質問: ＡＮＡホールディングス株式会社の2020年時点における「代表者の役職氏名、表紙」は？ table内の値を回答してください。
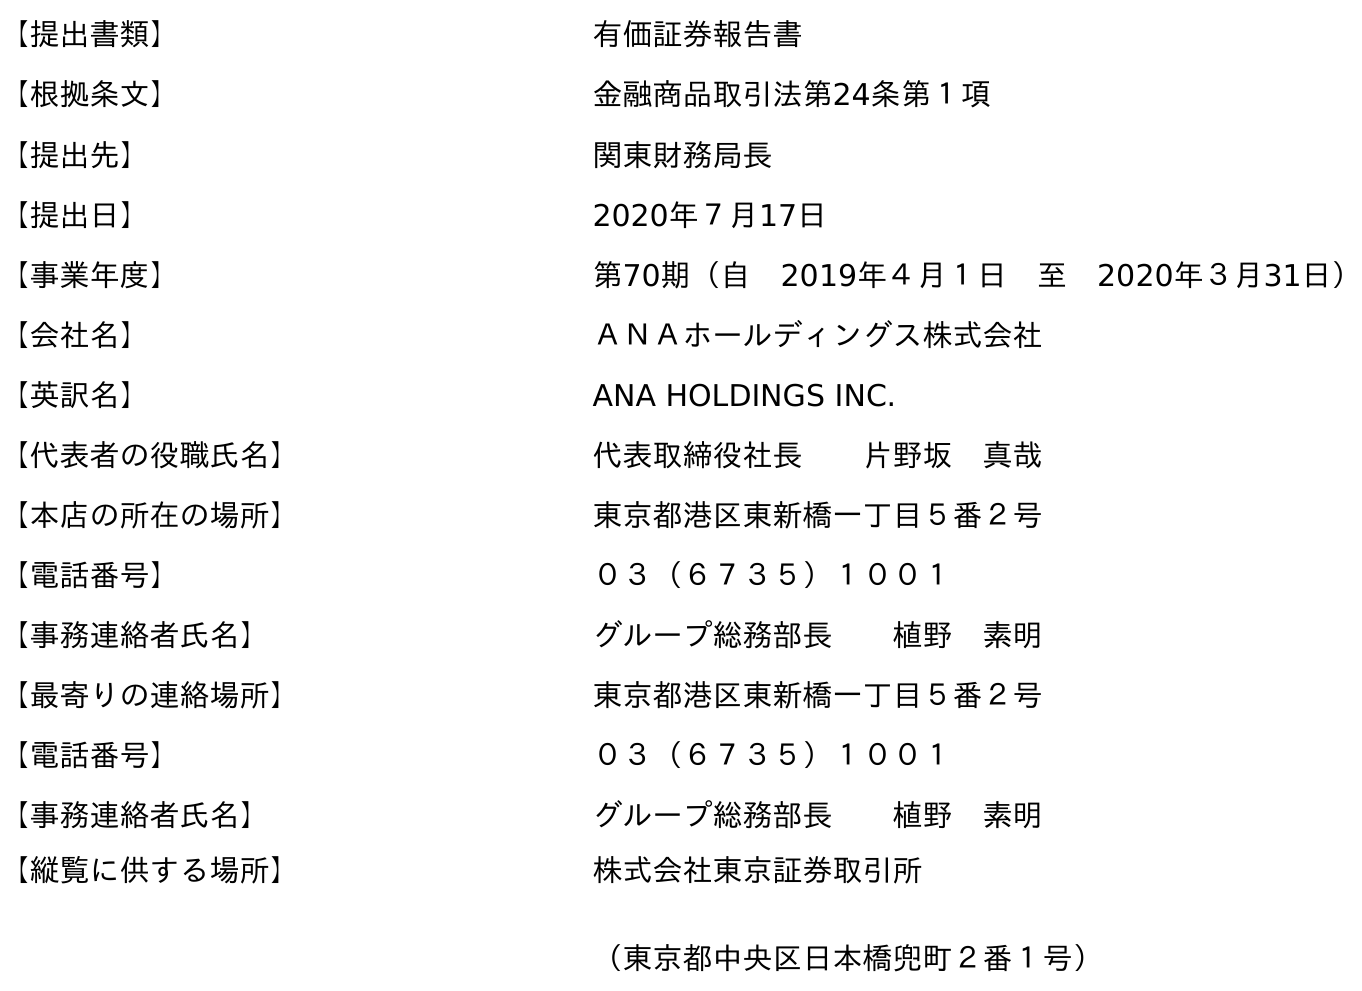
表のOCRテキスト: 【提出書類】 有価証券報告書 【根拠条文】 金融商品取引法第24条第１項 【提出先】 関東財務局長 【提出日】 2020年７月17日 【事業年度】 第70期（自 2019年４月１日 至 2020年３月31日） 【会社名】 ＡＮＡホールディングス株式会社 【英訳名】 ANA HOLDINGS INC. 【代表者の役職氏名】 代表取締役社長  片野坂 真哉 【本店の所在の場所】 東京都港区東新橋一丁目５番２号 【電話番号】 ０３（６７３５）１００１ 【事務連絡者氏名】 グループ総務部長  植野 素明 【最寄りの連絡場所】 東京都港区東新橋一丁目５番２号 【電話番号】 ０３（６７３５）１００１ 【事務連絡者氏名】 グループ総務部長  植野 素明 【縦覧に供する場所】 株式会社東京証券取引所 （東京都中央区日本橋兜町２番１号）
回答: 代表取締役社長片野坂　真哉